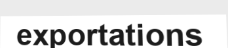
exportations